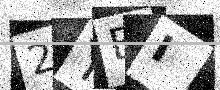
Text: 2YBI